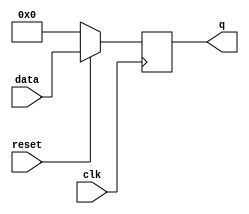
module dff32(data,clk,reset,q);
input [31:0]data;
input clk,reset;
output [31:0]q;
reg [31:0]q;
//initial q=0,reset=1;
always @ (posedge clk)
if (~reset) 
	begin
		q=0;
	end
else 
	begin
		q=data;
	end
endmodule